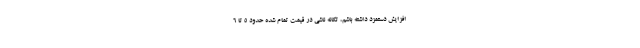
افزایش دستمزد داشته باشم، تکانه ناشی در قیمت تمام شده حدود ۵ تا ۶